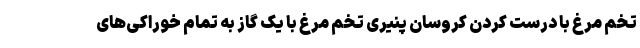
تخم مرغ با درست کردن کروسان پنیری تخم مرغ با یک گاز به تمام خوراکی‌های